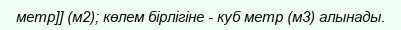
метр]] (м2); көлем бірлігіне - куб метр (м3) алынады.